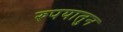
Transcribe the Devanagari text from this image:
रुपयातुन